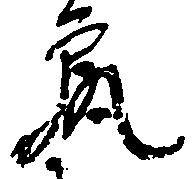
尻